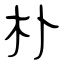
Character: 朴